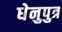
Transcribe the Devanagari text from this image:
धेनुपुत्र